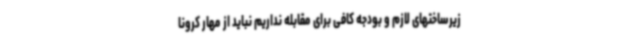
زیرساختهای لازم و بودجه کافی برای مقابله نداریم نباید از مهار کرونا